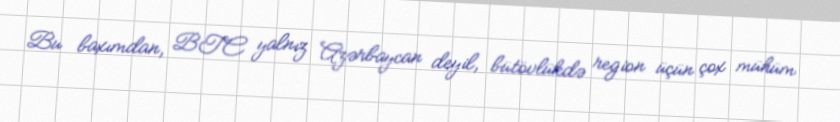
Bu baxımdan, BTC yalnız Azərbaycan deyil, bütövlükdə region üçün çox mühüm